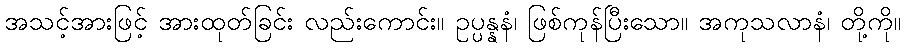
အသင့်အားဖြင့် အားထုတ်ခြင်း လည်းကောင်း။ ဥပ္ပန္နနံ၊ ဖြစ်ကုန်ပြီးသော။ အကုသလာနံ၊ တို့ကို။